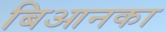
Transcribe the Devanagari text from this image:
बिआनका